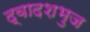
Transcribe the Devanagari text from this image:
द्वादशभुज